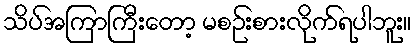
သိပ်အကြာကြီးတော့ မစဉ်းစားလိုက်ရပါဘူး။